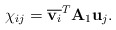
\begin{align*}\chi_{ij} = \overline{{\bf v} _i}^T {\bf A} _1 {\bf u} _j .\end{align*}